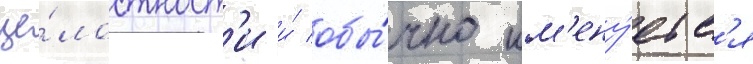
це́лостност'и и́ обы́чно им'ену́етс'я